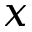
x